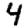
Digit: 4